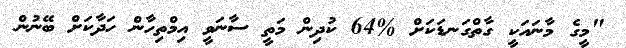
"މީގެ މާނައަކީ ގާތްގަނޑަކަށް %64 ކުދިން މަތީ ސާނަވީ އިމްތިހާން ހަދާކަށް ބޭނުން